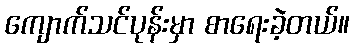
ကျောက်သင်ပုန်းမှာ စာရေးခဲ့တယ်။